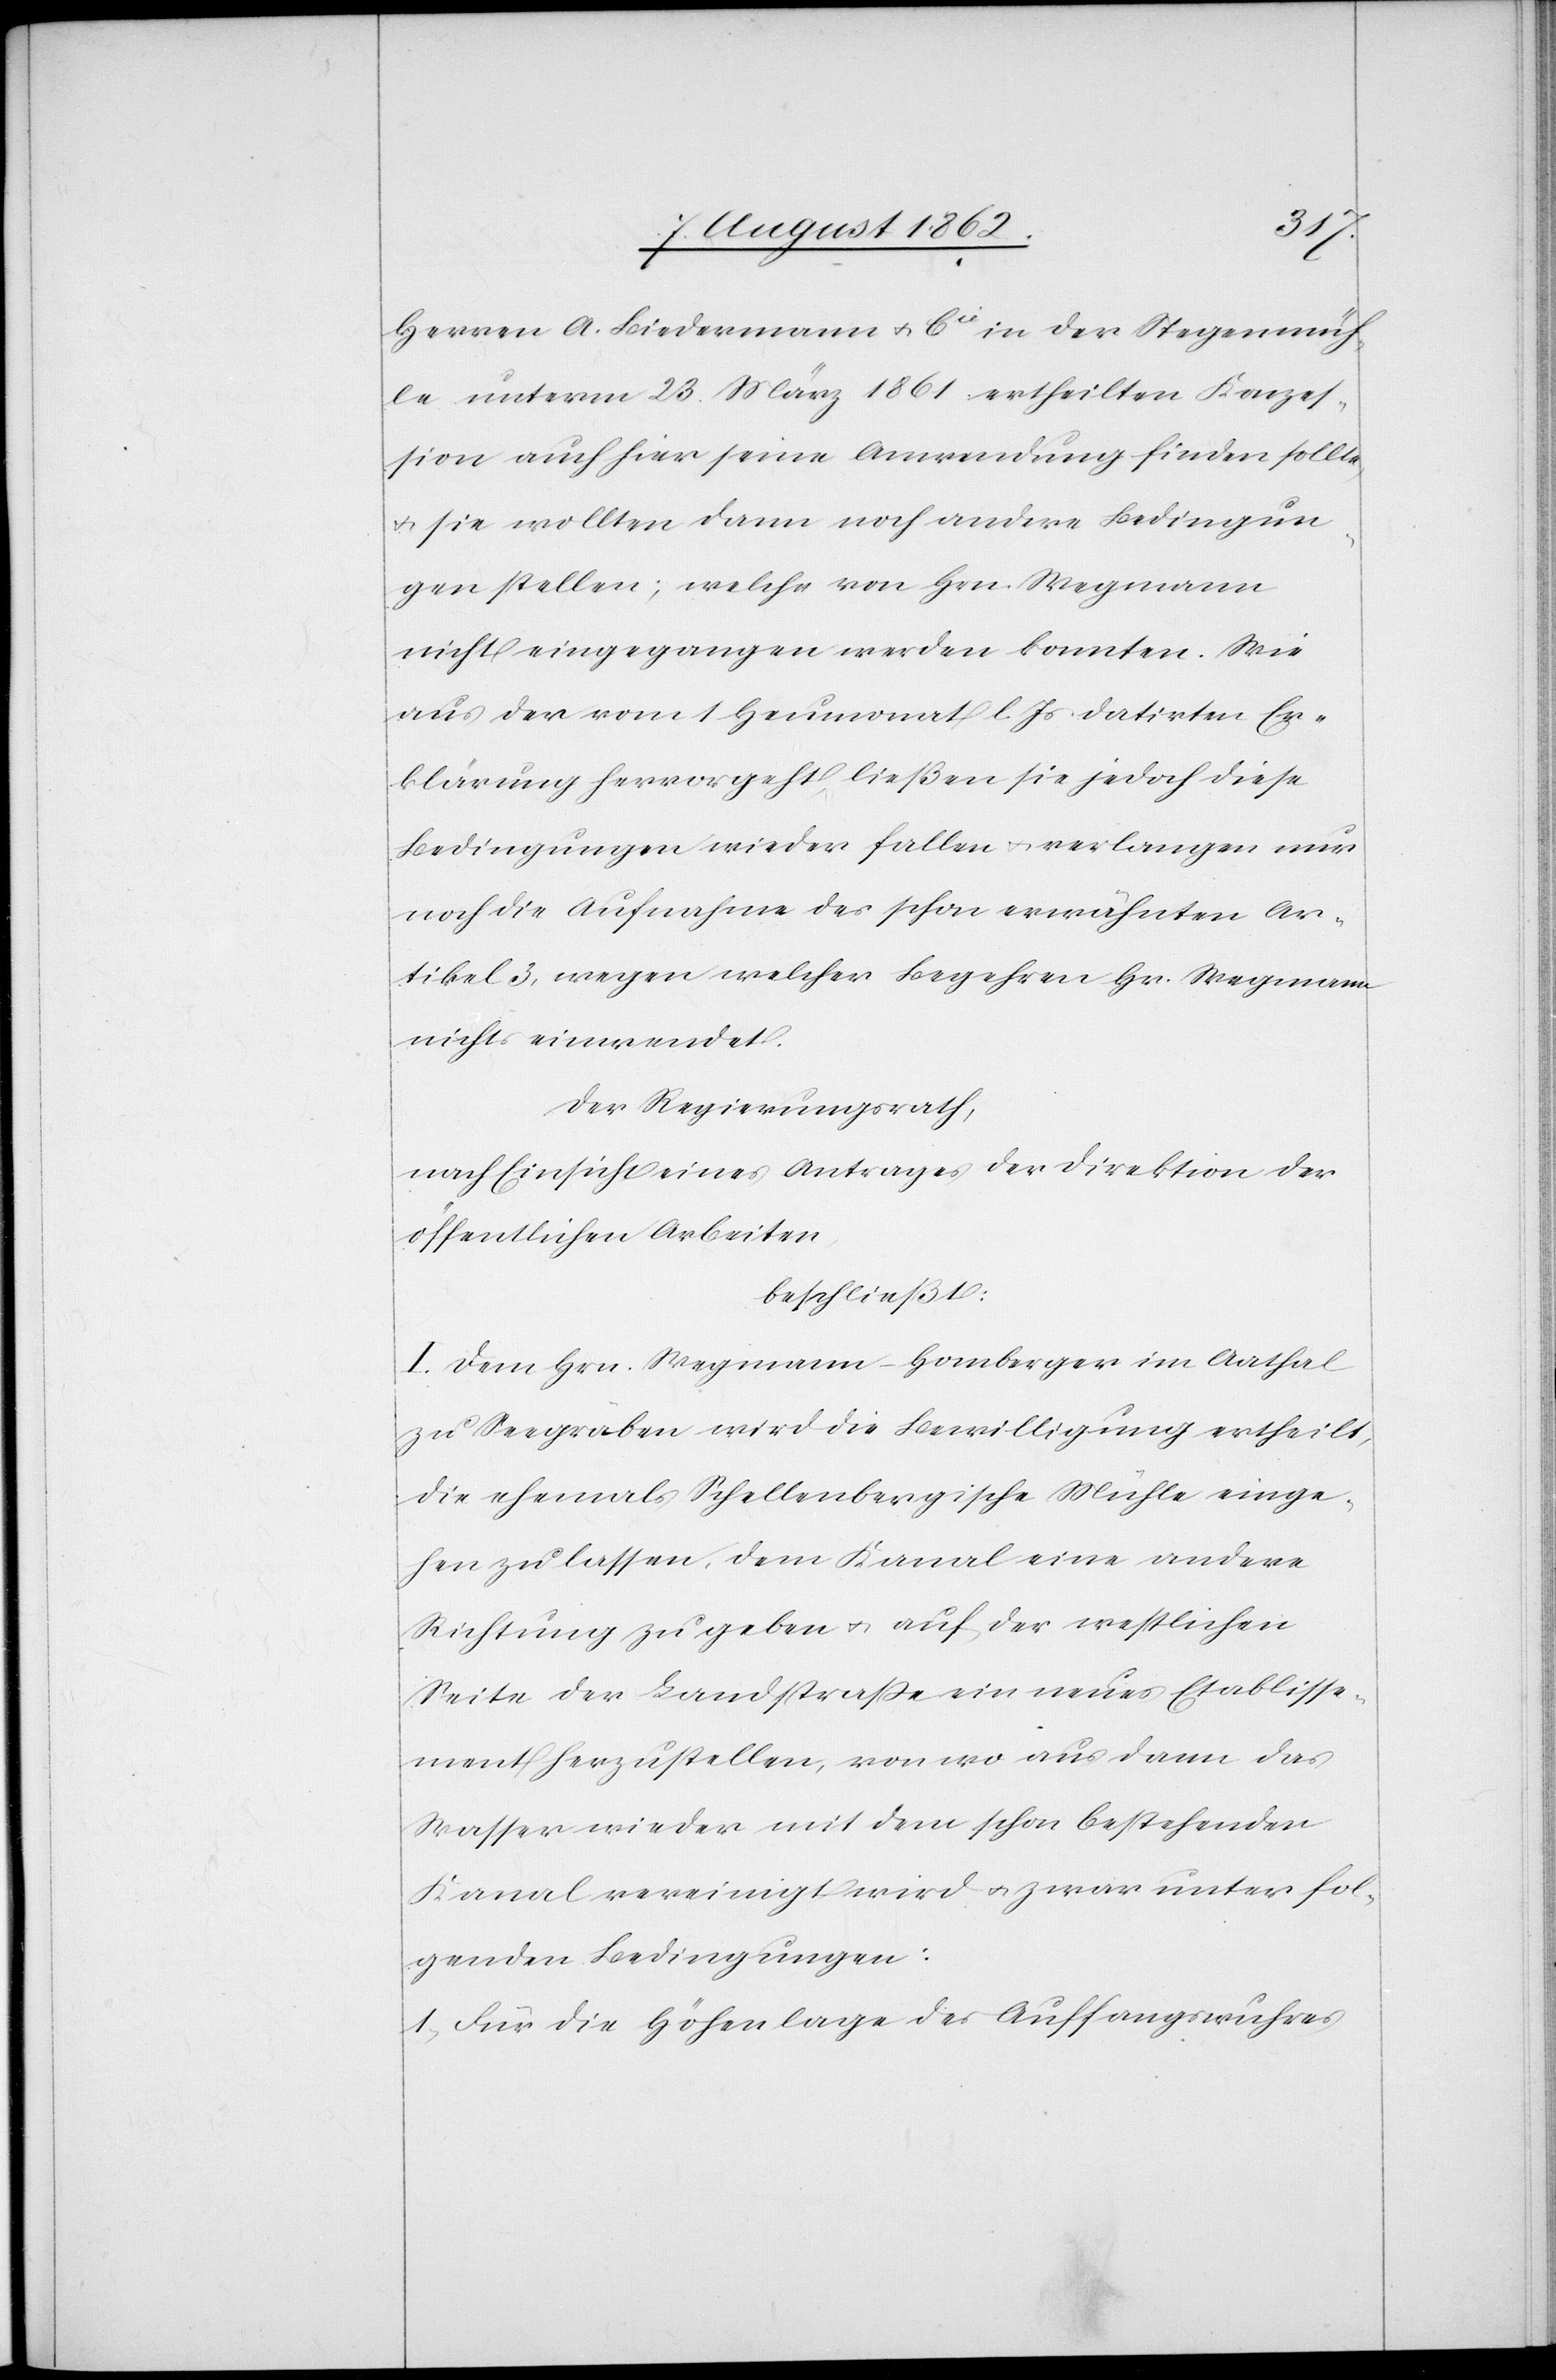
Herren A. Biedermann u. Cie in der Stegenmüh¬
le unterm 23. März 1861 ertheilten Konzes¬
sion auch hier seine Anwendung finden sollte,
u. sie wollten dann noch andere Bedingun¬
gen stellen; welche von Hrn. Wegmann
nicht eingegangen werden konnten. Wie
aus der vom 1. Heumonat l. Js. datirten Er¬
klärung hervorgeht, ließen sie jedoch diese
Bedingungen wieder fallen u. verlangen nur
noch die Aufnahme des schon erwähnten Ar¬
tikel 3, wegen welcher Begehren Hr. Wegmann
nichts einwendet.
Der Regierungsrath,
nach Einsicht eines Antrages der Direktion der
öffentlichen Arbeiten,
beschließt:
I. Dem Hrn. Wegmann-Homberger im Aathal
zu Seegräben wird die Bewilligung ertheilt,
die ehemals Schellenbergische Mühle einge¬
hen zu lassen, dem Kanal eine andere
Richtung zu geben u. auf der westlichen
Seite der Landstraße ein neues Etablisse¬
ment herzustellen, von wo aus dann das
Wasser wieder mit dem schon bestehenden
Kanal vereinigt wird u. zwar unter fol¬
genden Bedingungen:
1. Für die Höhenlage der Auffangswuhres